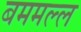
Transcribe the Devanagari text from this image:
बममल्ल